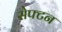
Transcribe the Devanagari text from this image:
सेफ्टन